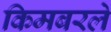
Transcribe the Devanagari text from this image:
किमबरले